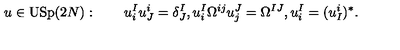
u \in \mathrm { U S p } ( 2 N ) : \qquad u _ { i } ^ { I } u _ { J } ^ { i } = \delta _ { J } ^ { I } , u _ { i } ^ { I } \Omega ^ { i j } u _ { j } ^ { J } = \Omega ^ { I J } , u _ { i } ^ { I } = ( u _ { I } ^ { i } ) ^ { * } .